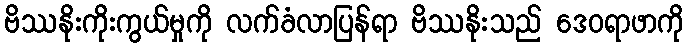
ဗိဿနိုးကိုးကွယ်မှုကို လက်ခံလာပြန်ရာ ဗိဿနိုးသည် ဒေဝရာဖာကို